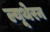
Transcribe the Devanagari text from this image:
ल्यूथेरन